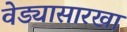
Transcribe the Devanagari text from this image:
वेड्यासारखा